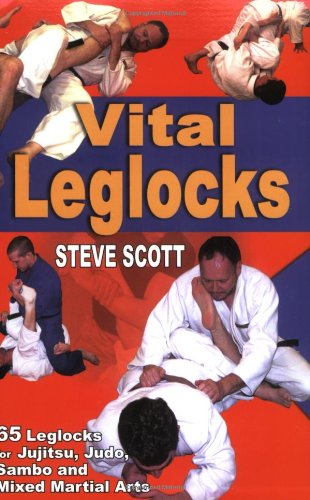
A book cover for Vital Leglocks: 65 leglocks for jujitsu, judo, sambo and mixed martial arts; Steve Scott; Sports & Outdoors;